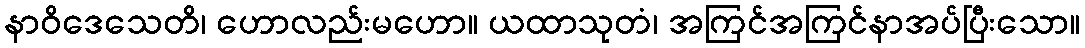
နာဝိဒေသေတိ၊ ဟောလည်းမဟော။ ယထာသုတံ၊ အကြင်အကြင်နာအပ်ပြီးသော။